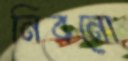
নিবনো